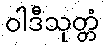
ဝါဒီသုတ္တံ